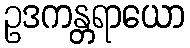
ဥဒကန္တရာယော